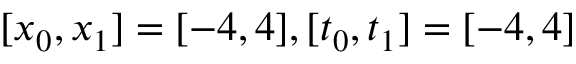
[ x _ { 0 } , x _ { 1 } ] = [ - 4 , 4 ] , [ t _ { 0 } , t _ { 1 } ] = [ - 4 , 4 ]